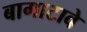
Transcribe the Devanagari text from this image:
बागाटावे